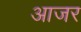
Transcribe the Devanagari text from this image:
आजर